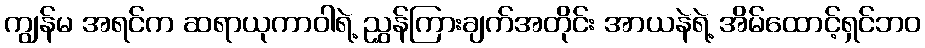
ကျွန်မ အရင်က ဆရာယုကာဝါရဲ့ ညွှန်ကြားချက်အတိုင်း အာယနဲရဲ့ အိမ်ထောင့်ရှင်ဘဝ